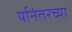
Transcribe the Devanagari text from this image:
र्यानंतरच्या